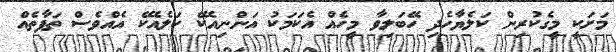
މަށަކީ މީގެކުރިން ކަލެޔާހެދި ހޭބަލިވާ މީހެއް އެކަމަކު އަންނިއެކޭ ކަލެއެކޭ އެއްވެސް ތަފާތެއް